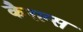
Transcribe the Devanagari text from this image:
कैरल्स